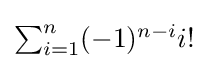
{\textstyle \sum _{i=1}^{n}(-1)^{n-i}i!}